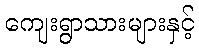
ကျေးရွာသားများနှင့်